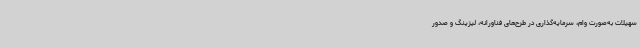
سهیلات به‌صورت وام، سرمایه‌گذاری در طرح‌های فناورانه، لیزینگ و صدور